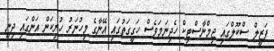
ފަޒީލް ސްކޫލްގައި ޖިމްނާސްޓިކް ހެދިނަމަވެސް ހަގީގަތުގައި އޭނާގެ މިހުނަރު ހުރިކަން އަންގައި ދިނީ